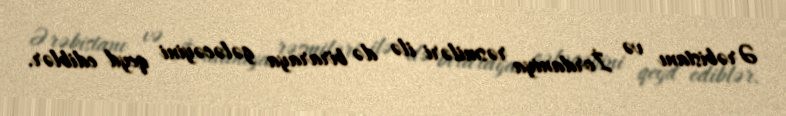
Ərəbistanı və İordaniya rəsmiləri ilə də biraraya gələcəyini qeyd ediblər.